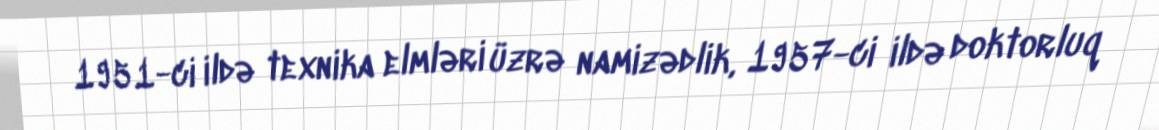
1951-ci ildə texnika elmləri üzrə namizədlik, 1957-ci ildə doktorluq